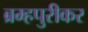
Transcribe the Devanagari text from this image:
ब्रम्हपुरीकर